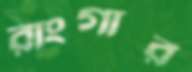
রাংগার